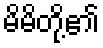
မိမိတို့၏